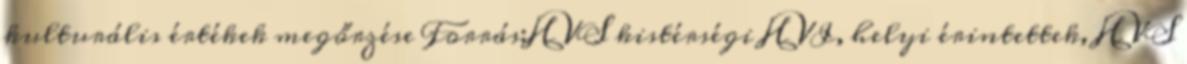
kulturális értékek megőrzése Forrás:HVS kistérségi HVI, helyi érintettek, HVS